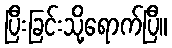
ပြီးခြင်းသို့ရောက်ပြီ။